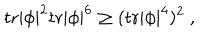
\mathrm { t r } | \phi | ^ { 2 } \mathrm { t r } | \phi | ^ { 6 } \ge ( \mathrm { t r } | \phi | ^ { 4 } ) ^ { 2 } ~ ,